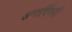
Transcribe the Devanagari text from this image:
अन्तर्विषयी